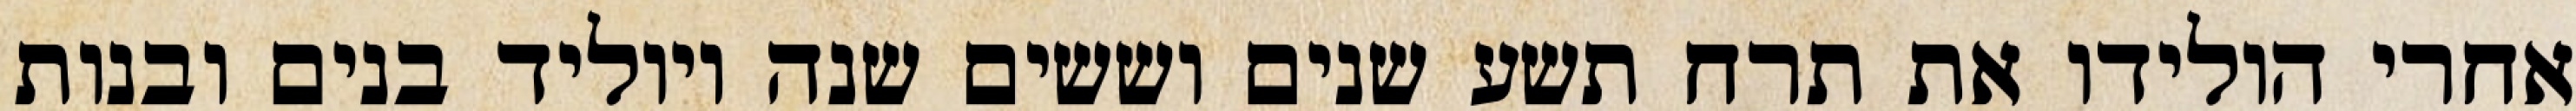
אחרי הולידו את תרח תשע שנים וששים שנה ויוליד בנים ובנות